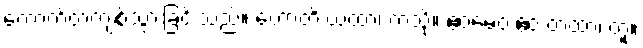
ကောက်တကျစ်သွားခြင်းသည်။ ဟောတိ ယထာ၊ ကဲ့သို့။ ဧဝမေဝံ ဧဝံ တထာ၊ တူ။